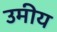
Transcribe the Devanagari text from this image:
उमीय